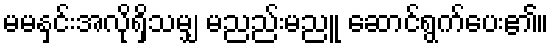
မမနှင်းအလိုရှိသမျှ မညည်းမညူ ဆောင်ရွက်ပေး၏။